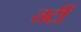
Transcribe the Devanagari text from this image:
तटीं